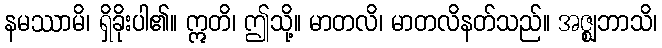
နမဿာမိ၊ ရှိခိုးပါ၏။ ဣတိ၊ ဤသို့။ မာတလိ၊ မာတလိနတ်သည်။ အဇ္ဈဘာသိ၊